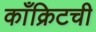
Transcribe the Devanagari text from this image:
काँक्रिटची